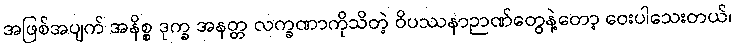
အဖြစ်အပျက် အနိစ္စ ဒုက္ခ အနတ္တ လက္ခဏာကိုသိတဲ့ ဝိပဿနာဉာဏ်တွေနဲ့တော့ ဝေးပါသေးတယ်၊